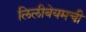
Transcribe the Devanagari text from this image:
लिलीबेयमची